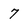
Character: 7